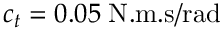
c _ { t } = 0 . 0 5 \; \mathrm { N . m . s / r a d }